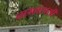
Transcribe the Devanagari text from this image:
नामवापसी